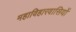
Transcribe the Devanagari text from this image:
महाविहारवासियों